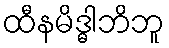
ထီနမိဒ္ဓါဘိဘူ